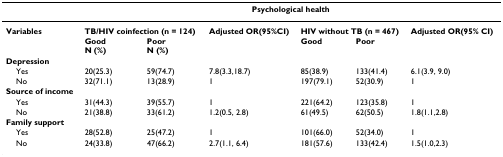
<table><thead><tr><td></td><td colspan="6"><b>Psychological health</b></td></tr></thead><tbody><tr><td><b>Variables</b></td><td colspan="2"><b>TB/HIV coinfection (n = 124)</b></td><td><b>Adjusted OR(95%CI)</b></td><td colspan="2"><b>HIV without TB (n = 467)</b></td><td><b>Adjusted OR(95% CI)</b></td></tr><tr><td></td><td><b>Good</b><b>N (%)</b></td><td><b>Poor</b><b>N (%)</b></td><td></td><td><b>Good</b></td><td><b>Poor</b></td><td></td></tr><tr><td><b>Depression</b></td><td></td><td></td><td></td><td></td><td></td><td></td></tr><tr><td> Yes</td><td>20(25.3)</td><td>59(74.7)</td><td>7.8(3.3,18.7)</td><td>85(38.9)</td><td>133(41.4)</td><td>6.1(3.9, 9.0)</td></tr><tr><td> No</td><td>32(71.1)</td><td>13(28.9)</td><td>1</td><td>197(79.1)</td><td>52(30.9)</td><td>1</td></tr><tr><td><b>Source of income</b></td><td></td><td></td><td></td><td></td><td></td><td></td></tr><tr><td> Yes</td><td>31(44.3)</td><td>39(55.7)</td><td>1</td><td>221(64.2)</td><td>123(35.8)</td><td>1</td></tr><tr><td> No</td><td>21(38.8)</td><td>33(61.2)</td><td>1.2(0.5, 2.8)</td><td>61(49.5)</td><td>62(50.5)</td><td>1.8(1.1,2.8)</td></tr><tr><td><b>Family support</b></td><td></td><td></td><td></td><td></td><td></td><td></td></tr><tr><td> Yes</td><td>28(52.8)</td><td>25(47.2)</td><td>1</td><td>101(66.0)</td><td>52(34.0)</td><td>1</td></tr><tr><td> No</td><td>24(33.8)</td><td>47(66.2)</td><td>2.7(1.1, 6.4)</td><td>181(57.6)</td><td>133(42.4)</td><td>1.5(1.0,2.3)</td></tr></tbody></table>